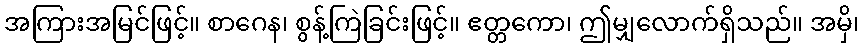
အကြားအမြင်ဖြင့်။ စာဂေန၊ စွန့်ကြဲခြင်းဖြင့်။ ဧတ္တကော၊ ဤမျှလောက်ရှိသည်။ အမှိ၊